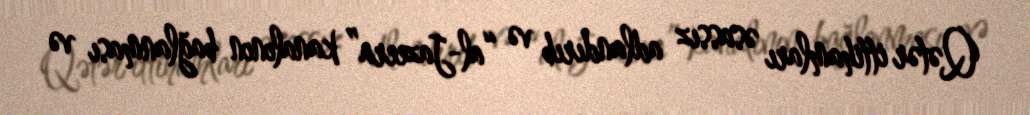
Qətər ittihamları əsassız adlandırıb və “al-Jazeera” kanalının bağlanması və